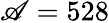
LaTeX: \mathscr{A}=528